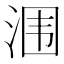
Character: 涠